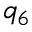
q _ { 6 }